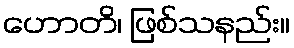
ဟောတိ၊ ဖြစ်သနည်း။